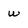
Character: w